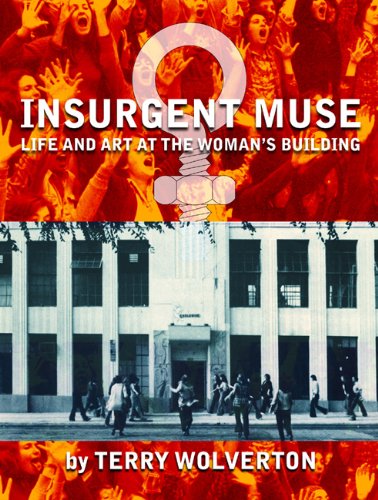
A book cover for Insurgent Muse: Life and Art at the Woman's Building; Terry Wolverton; Gay & Lesbian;